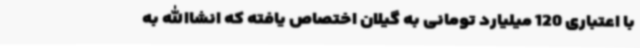
با اعتباری 120 میلیارد تومانی به گیلان اختصاص یافته که انشاالله به